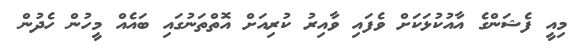
މިއީ ފެޝަންގެ އާއުކުޅަކަށް ވެފައި ވާއިރު ކުރިއަށް އޮތްތަނުގައި ބައެއް މީހުން ހެދުން